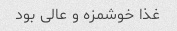
غذا خوشمزه و عالی بود